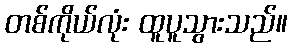
တစ်ကိုယ်လုံး ထူပူသွားသည်။